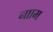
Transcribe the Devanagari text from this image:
नााम